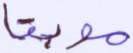
موبقا